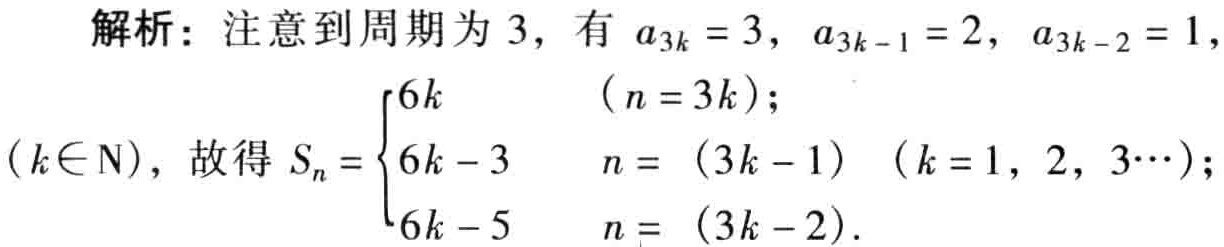
解析：注意到周期为 3，有 \(a_{3k}=3\)，\(a_{3k - 1}=2\)，\(a_{3k - 2}=1\)，\((k\in \mathrm{N})\)，故得 \(S_{n}=\begin{cases}6k&(n = 3k);\\6k - 3&n=(3k - 1)\ (k = 1,2,3\cdots);\\6k - 5&n=(3k - 2).\end{cases}\)